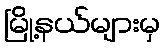
မြို့နယ်များမှ